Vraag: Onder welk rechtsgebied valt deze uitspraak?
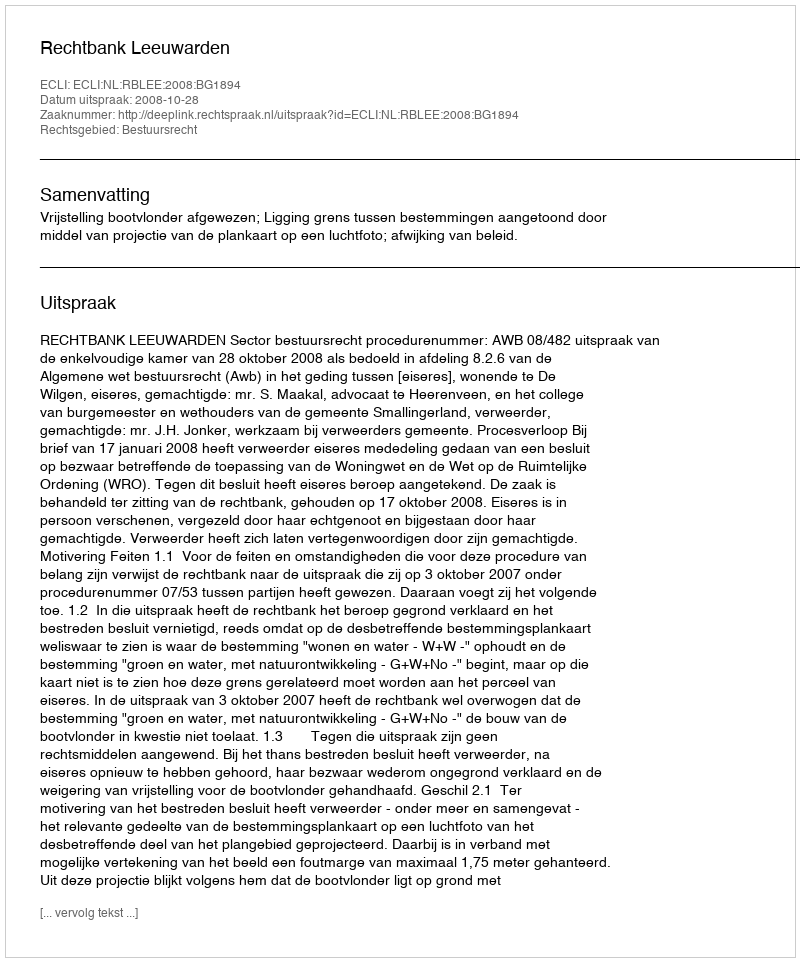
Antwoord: Bestuursrecht